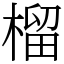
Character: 榴